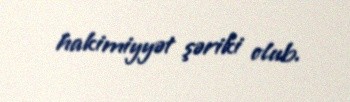
hakimiyyət şəriki olub.